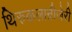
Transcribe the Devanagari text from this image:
थिरुकलान्रीजेरी